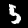
Label: 5